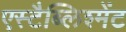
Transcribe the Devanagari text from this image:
एस्टैब्लिश्मेंट